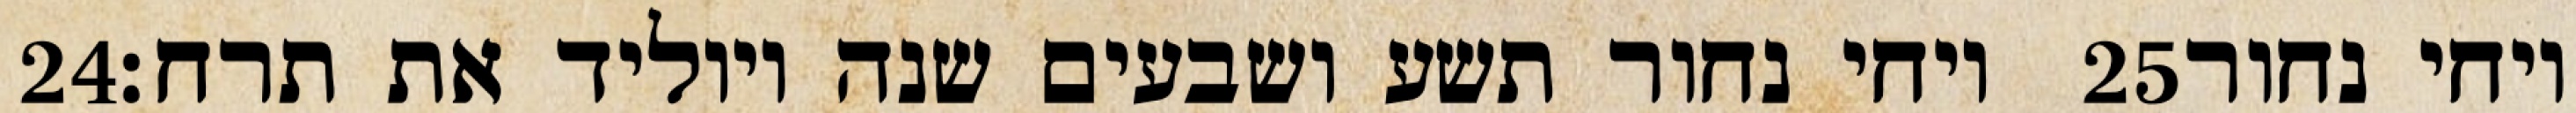
‎24‏ ויחי נחור תשע ושבעים שנה ויוליד את תרח׃ ‎25‏ ויחי נחור